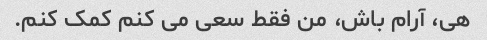
هی، آرام باش، من فقط سعی می کنم کمک کنم.